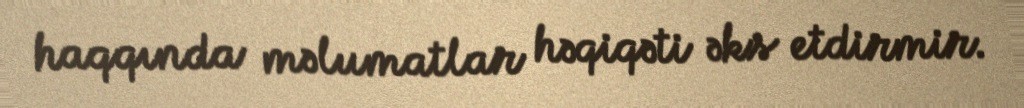
haqqında məlumatlar həqiqəti əks etdirmir.